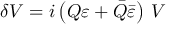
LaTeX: \delta V = i \left( Q \varepsilon + \bar { Q } \bar { \varepsilon } \right) \, V